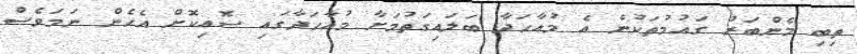
ތިބި މެންބަރު ގައުމުތަކުން އެ މުއާހަދާ ބަލައިގަތުމަށާ މުއާހަދާގައި ސޮއިކޮށް އެހެން ނަމަވެސް